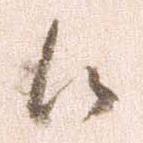
候